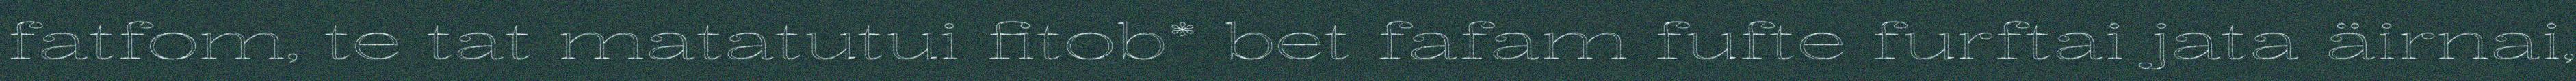
fatfom, te tat matatutui fitob* bet fafam fufte furftai jata äirnai,